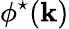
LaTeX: \phi^{\star}({\mathbf k})